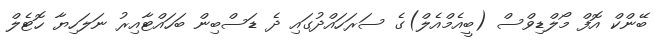
ބޭންކް އޮފް މޯލްޑިވްސް (ބީއެމްއެލް)ގެ ސަރަހައްދުގައި ދެ ޑަސްބިން ބަހައްޓާއިރު ނަލަހިޔާ ހޮޓެލް